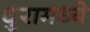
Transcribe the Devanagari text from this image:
धुरामध्ये